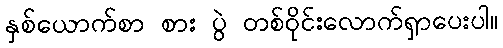
နှစ်ယောက်စာ စား ပွဲ တစ်ဝိုင်းလောက်ရှာပေးပါ။